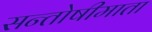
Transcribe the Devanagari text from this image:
सन्तोषीमाता